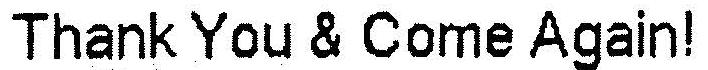
THANK YOU & COME AGAIN!